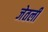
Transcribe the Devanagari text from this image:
जेतली